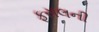
ફસલની